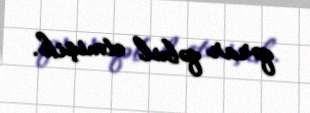
qərar qəbul etmişik.